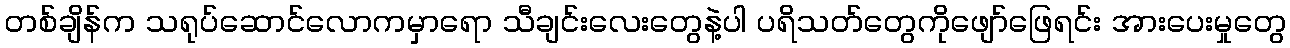
တစ်ချိန်က သရုပ်ဆောင်လောကမှာရော သီချင်းလေးတွေနဲ့ပါ ပရိသတ်တွေကိုဖျော်ဖြေရင်း အားပေးမှုတွေ